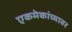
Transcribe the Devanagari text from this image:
एकमेकांच्यावर